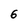
Character: 6